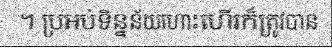
។ ប្រអប់ទិន្នន័យហោះហើរក៏ត្រូវបាន